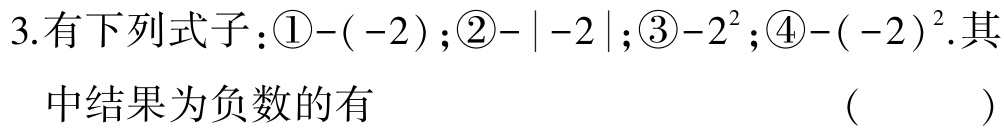
3.有下列式子：\textcircled{1}\(-(-2)\)；\textcircled{2}\(-\vert -2\vert\)；\textcircled{3}\(-2^{2}\)；\textcircled{4}\(-(-2)^{2}\).其中结果为负数的有 （  ）